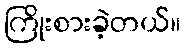
ကြိုးစားခဲ့တယ်။